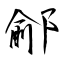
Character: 鄃